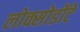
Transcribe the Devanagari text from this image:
लोक्सोडोंटे